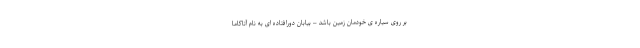
بر روی سیاره ی خودمان زمین باشد – بیابان دورافتاده ای به نام آتاکاما